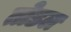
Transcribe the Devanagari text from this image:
तोडल